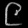
Digit: ၉